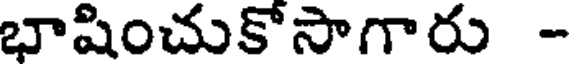
భాషించుకోసాగారు -